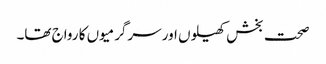
صحت بخش کھیلوں اور سرگرمیوں کا رواج تھا۔